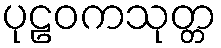
ပုဠဝကသုတ္တ